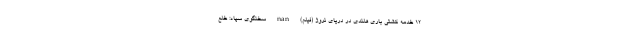
۱۲ خدمه کشتی باری هلندی در دریای نروژ (فیلم) nan سخنگوی سپاه: خلع